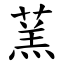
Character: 蓔